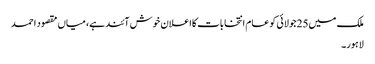
ملک میں25جولائی کو عام انتخابات کااعلان خوش آئند ہے، میاں مقصود احمد
لاہور۔